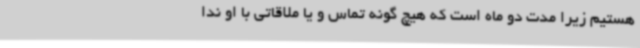
هستیم زیرا مدت دو ماه است که هیچ گونه تماس و یا ملاقاتی با او ندا